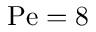
\mathrm { P e } = 8